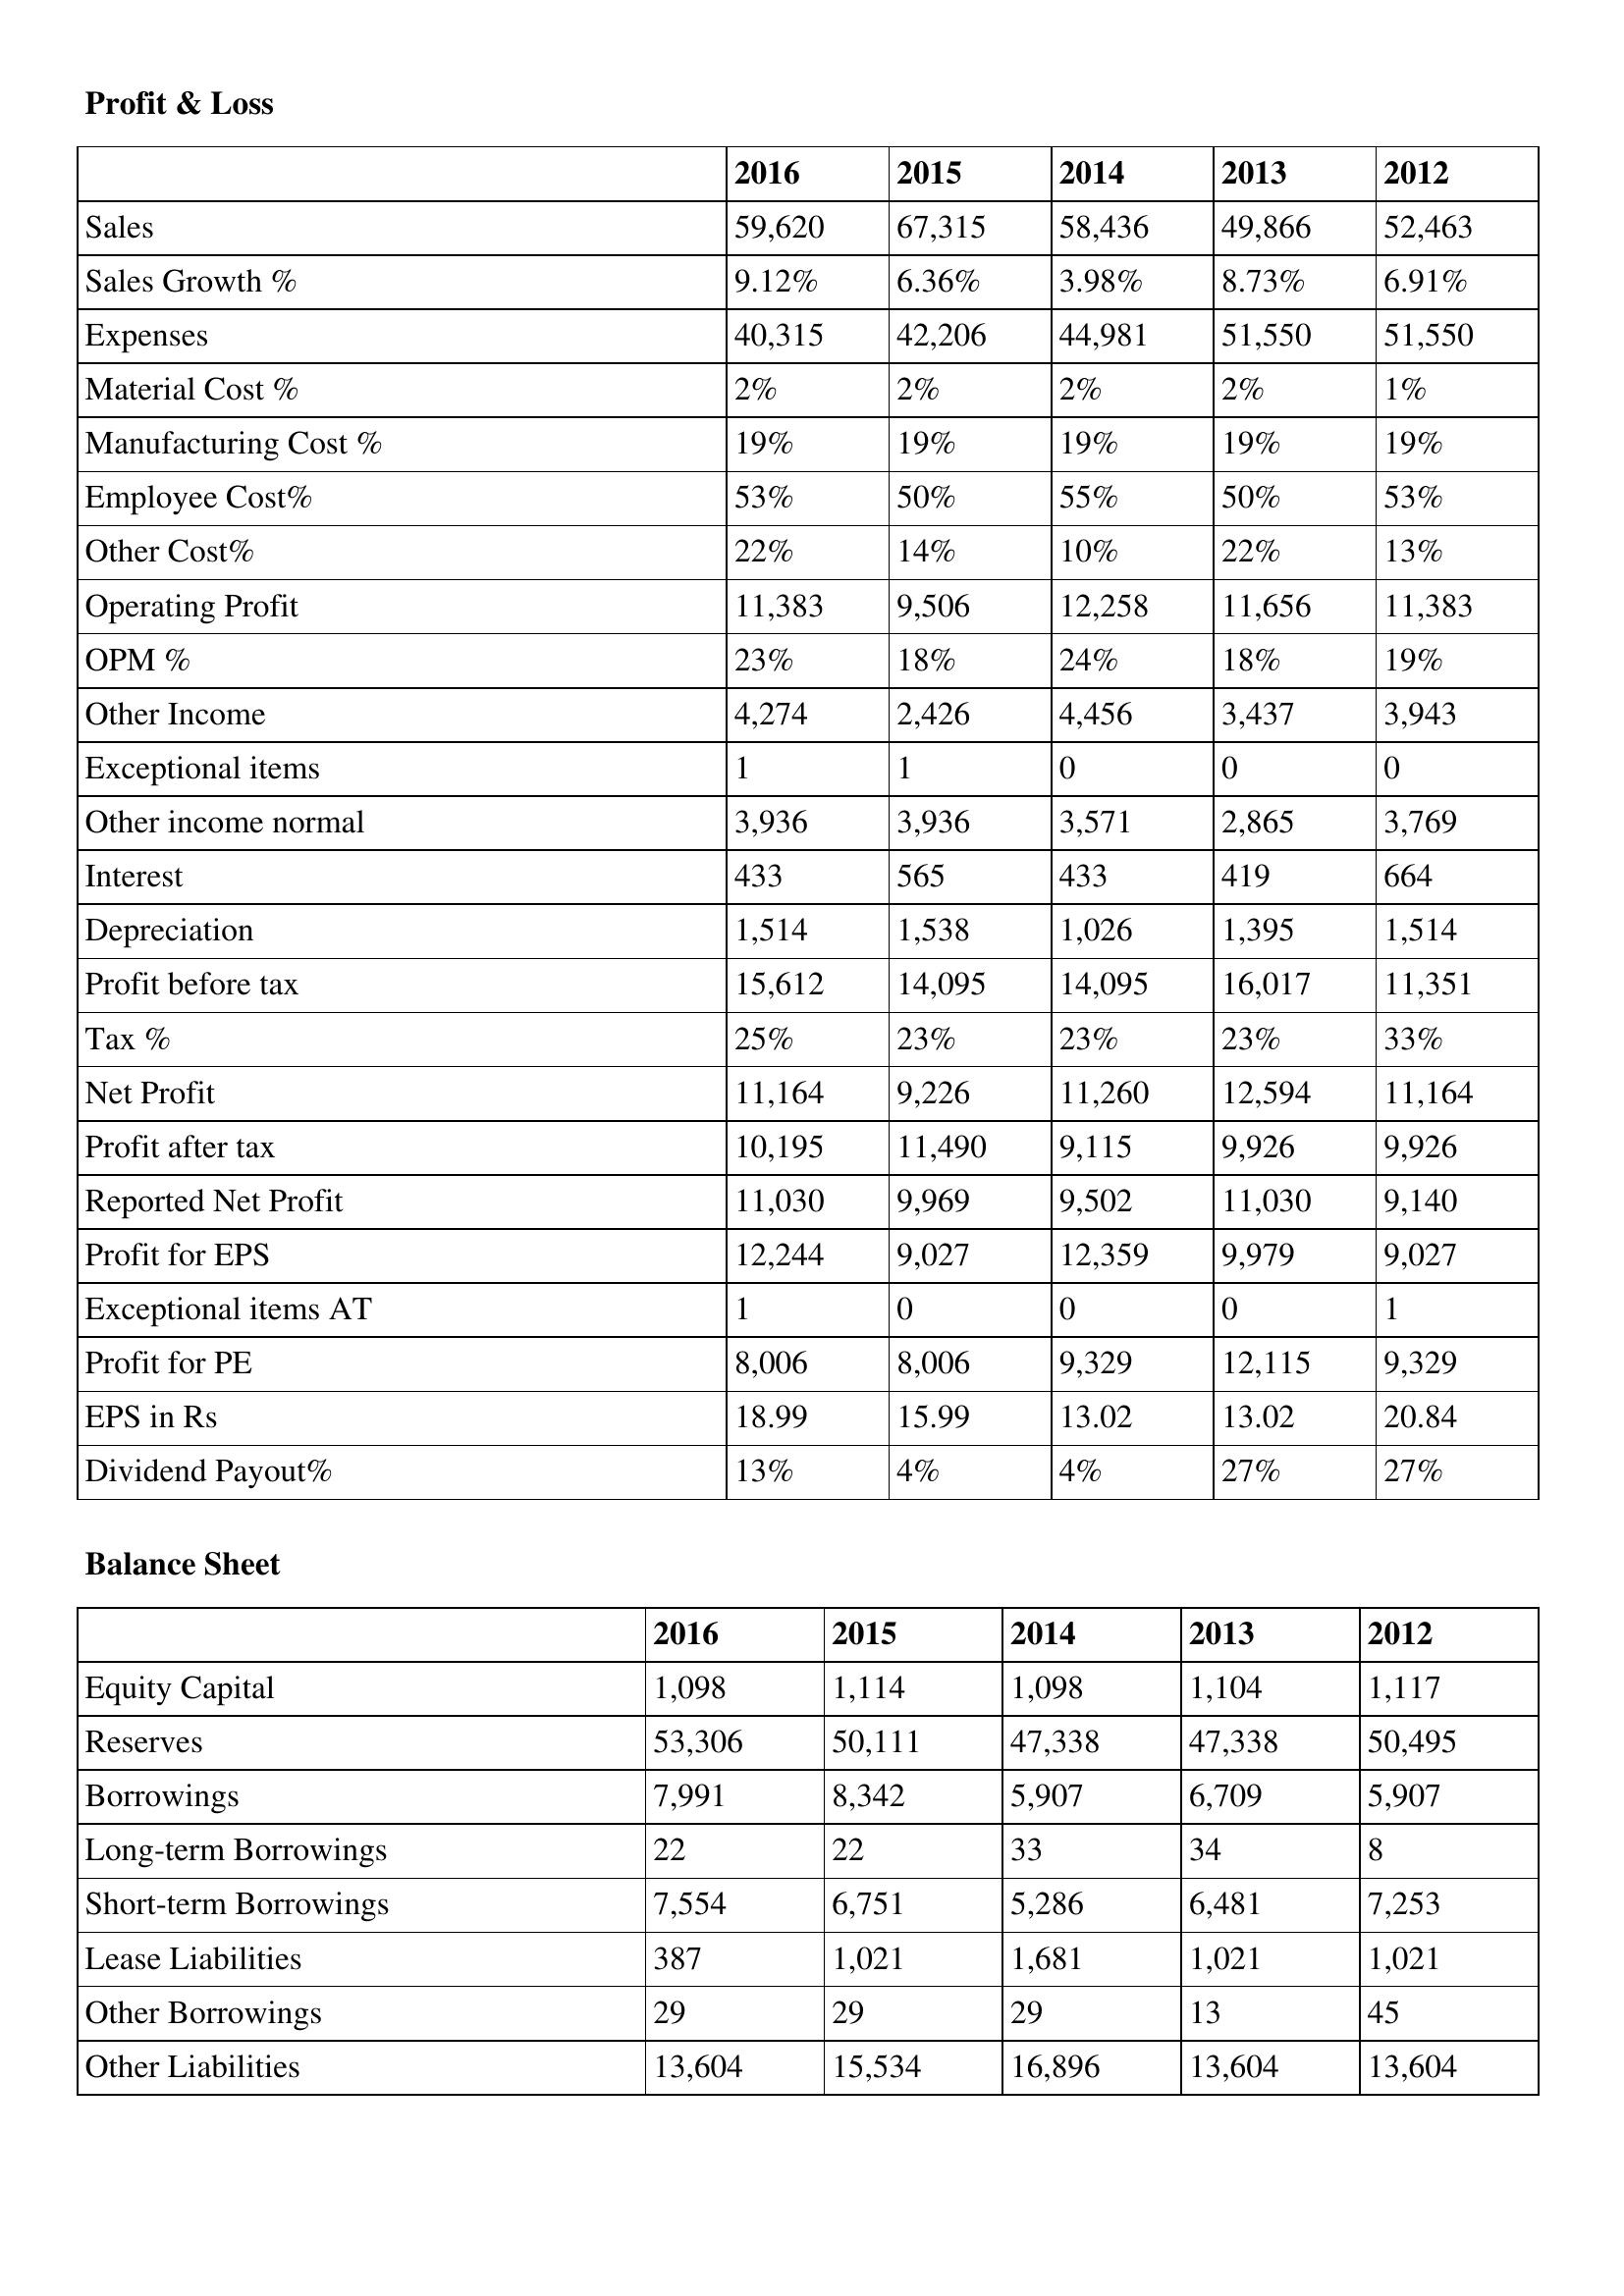
gt_parse: 2016: Profit & Loss: Sales: 59,620
Sales Growth %: 9.12%
Expenses: 40,315
Material Cost %: 2%
Manufacturing Cost %: 19%
Employee Cost%: 53%
Other Cost%: 22%
Operating Profit: 11,383
OPM %: 23%
Other Income: 4,274
Exceptional items: 1
Other income normal: 3,936
Interest: 433
Depreciation: 1,514
Profit before tax: 15,612
Tax %: 25%
Net Profit: 11,164
Profit after tax: 10,195
Reported Net Profit: 11,030
Profit for EPS: 12,244
Exceptional items AT: 1
Profit for PE: 8,006
EPS in Rs: 18.99
Dividend Payout%: 13%
Balance Sheet: Equity Capital: 1,098
Reserves: 53,306
Borrowings: 7,991
Long-term Borrowings: 22
Short-term Borrowings: 7,554
Lease Liabilities: 387
Other Borrowings: 29
Other Liabilities: 13,604
2015: Profit & Loss: Sales: 67,315
Sales Growth %: 6.36%
Expenses: 42,206
Material Cost %: 2%
Manufacturing Cost %: 19%
Employee Cost%: 50%
Other Cost%: 14%
Operating Profit: 9,506
OPM %: 18%
Other Income: 2,426
Exceptional items: 1
Other income normal: 3,936
Interest: 565
Depreciation: 1,538
Profit before tax: 14,095
Tax %: 23%
Net Profit: 9,226
Profit after tax: 11,490
Reported Net Profit: 9,969
Profit for EPS: 9,027
Exceptional items AT: 0
Profit for PE: 8,006
EPS in Rs: 15.99
Dividend Payout%: 4%
Balance Sheet: Equity Capital: 1,114
Reserves: 50,111
Borrowings: 8,342
Long-term Borrowings: 22
Short-term Borrowings: 6,751
Lease Liabilities: 1,021
Other Borrowings: 29
Other Liabilities: 15,534
2014: Profit & Loss: Sales: 58,436
Sales Growth %: 3.98%
Expenses: 44,981
Material Cost %: 2%
Manufacturing Cost %: 19%
Employee Cost%: 55%
Other Cost%: 10%
Operating Profit: 12,258
OPM %: 24%
Other Income: 4,456
Exceptional items: 0
Other income normal: 3,571
Interest: 433
Depreciation: 1,026
Profit before tax: 14,095
Tax %: 23%
Net Profit: 11,260
Profit after tax: 9,115
Reported Net Profit: 9,502
Profit for EPS: 12,359
Exceptional items AT: 0
Profit for PE: 9,329
EPS in Rs: 13.02
Dividend Payout%: 4%
Balance Sheet: Equity Capital: 1,098
Reserves: 47,338
Borrowings: 5,907
Long-term Borrowings: 33
Short-term Borrowings: 5,286
Lease Liabilities: 1,681
Other Borrowings: 29
Other Liabilities: 16,896
2013: Profit & Loss: Sales: 49,866
Sales Growth %: 8.73%
Expenses: 51,550
Material Cost %: 2%
Manufacturing Cost %: 19%
Employee Cost%: 50%
Other Cost%: 22%
Operating Profit: 11,656
OPM %: 18%
Other Income: 3,437
Exceptional items: 0
Other income normal: 2,865
Interest: 419
Depreciation: 1,395
Profit before tax: 16,017
Tax %: 23%
Net Profit: 12,594
Profit after tax: 9,926
Reported Net Profit: 11,030
Profit for EPS: 9,979
Exceptional items AT: 0
Profit for PE: 12,115
EPS in Rs: 13.02
Dividend Payout%: 27%
Balance Sheet: Equity Capital: 1,104
Reserves: 47,338
Borrowings: 6,709
Long-term Borrowings: 34
Short-term Borrowings: 6,481
Lease Liabilities: 1,021
Other Borrowings: 13
Other Liabilities: 13,604
2012: Profit & Loss: Sales: 52,463
Sales Growth %: 6.91%
Expenses: 51,550
Material Cost %: 1%
Manufacturing Cost %: 19%
Employee Cost%: 53%
Other Cost%: 13%
Operating Profit: 11,383
OPM %: 19%
Other Income: 3,943
Exceptional items: 0
Other income normal: 3,769
Interest: 664
Depreciation: 1,514
Profit before tax: 11,351
Tax %: 33%
Net Profit: 11,164
Profit after tax: 9,926
Reported Net Profit: 9,140
Profit for EPS: 9,027
Exceptional items AT: 1
Profit for PE: 9,329
EPS in Rs: 20.84
Dividend Payout%: 27%
Balance Sheet: Equity Capital: 1,117
Reserves: 50,495
Borrowings: 5,907
Long-term Borrowings: 8
Short-term Borrowings: 7,253
Lease Liabilities: 1,021
Other Borrowings: 45
Other Liabilities: 13,604